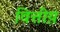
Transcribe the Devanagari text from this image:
वित्तीय़